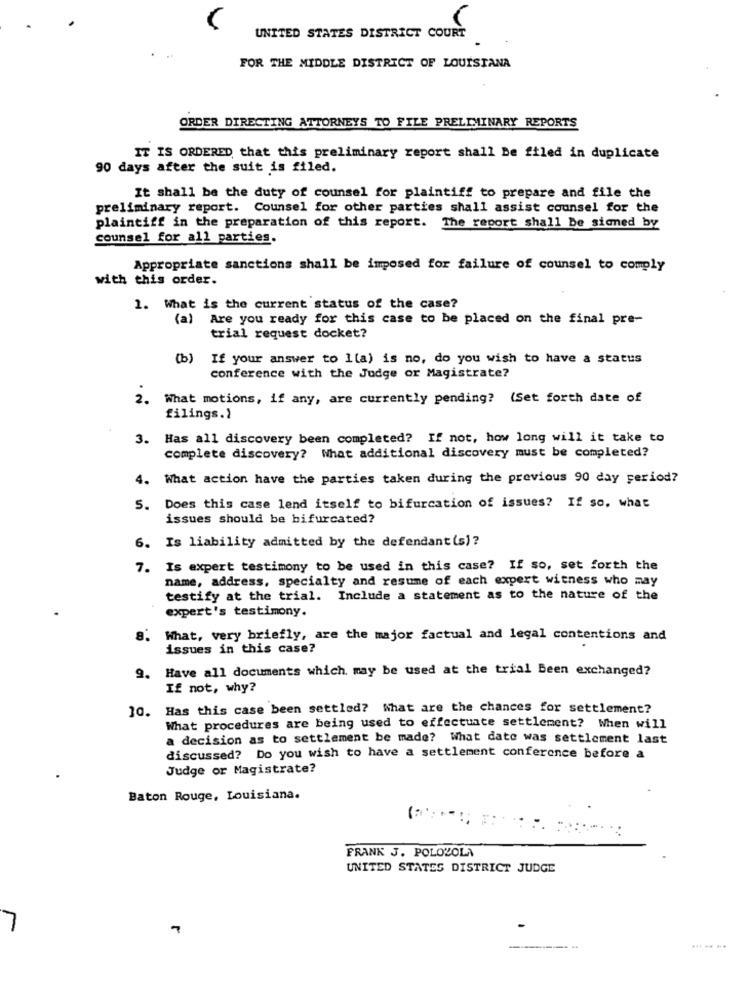
UNITED STATES DISTRICT COURT
FOR THE MIDDLE DISTRICT OF LOUISIANA
ORDER DIRECTING ATTORNEYS TO FILE PRELIMINARY REPORTS
IT IS ORDERED that this preliminary report shall Be filed in duplicate
90 days after the suit is filed.
It shall be the duty of counsel for plaintiff to prepare and file the
preliminary report. Counsel for other parties shall assist counsel for the
plaintiff in the preparation of this report. The report shall be signed by
counsel for all parties.
Appropriate sanctions shall be imposed for failure of counsel to comply
with this order.
1. What is the current status of the case?
(a) Are you ready for this case to be placed on the final pre-
trial request docket?
If your answer to 1(a) is no, do you wish to have a status
conference with the Judge or Magistrate?
2.
What motions, if any, are currently pending? (Set forth date of
filings.1
3. Has all discovery been completed? If not, how long will it take to
complete discovery? What additional discovery must be completed?
4. What action have the parties taken during the previous 90 day period?
5. Does this case lend itself to bifurcation of issues? If so, what
issues should be bifurcated?
6. Is liability admitted by the defendant(s) ?
7. Is expert testimony to be used in this case? If so, set forth the
name, address, specialty and resume of each expert witness who may
testify at the trial. Include a statement as to the nature of the
expert's testimony.
8. What, very briefly, are the major factual and legal contentions and
issues in this case?
9. Have all documents which may be used at the trial Been exchanged?
If not, why?
10. Has this case been settled? What are the chances for settlement?
What procedures are being used to effectuate settlement? When will
a decision as to settlement be made? What date was settlement last
discussed? Do you wish to have a settlement conference before a
Judge or Magistrate?
Baton Rouge, Louisiana.
FRANK J. POLOZOLA
UNITED STATES DISTRICT JUDGE